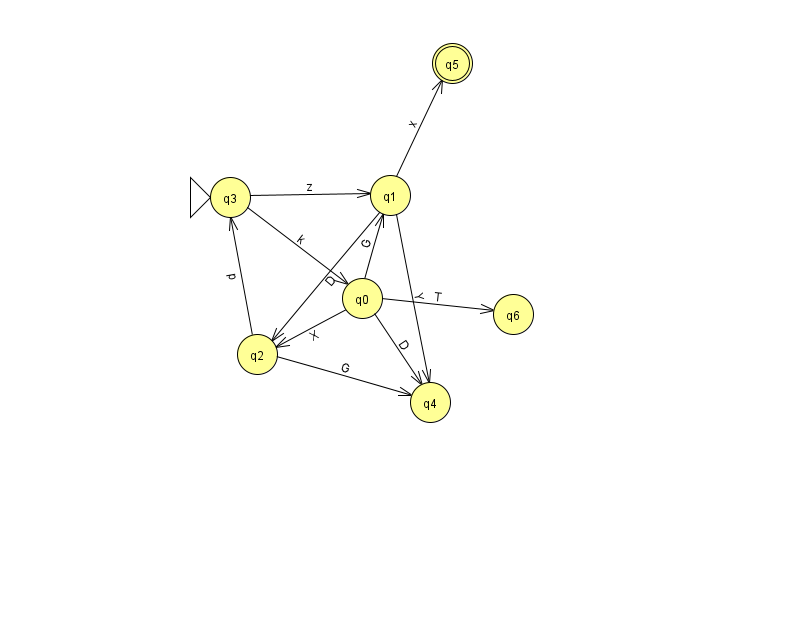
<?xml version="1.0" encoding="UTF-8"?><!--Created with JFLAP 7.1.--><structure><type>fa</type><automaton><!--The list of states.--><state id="0" name="q0"><x>362.0</x><y>285.0</y></state><state id="1" name="q1"><x>390.0</x><y>182.0</y></state><state id="2" name="q2"><x>257.0</x><y>341.0</y></state><state id="3" name="q3"><x>230.0</x><y>184.0</y><initial/></state><state id="4" name="q4"><x>430.0</x><y>389.0</y></state><state id="5" name="q5"><x>452.0</x><y>50.0</y><final/></state><state id="6" name="q6"><x>513.0</x><y>301.0</y></state><!--The list of transitions.--><transition><from>3</from><to>1</to><read>z</read></transition><transition><from>0</from><to>1</to><read>G</read></transition><transition><from>2</from><to>3</to><read>p</read></transition><transition><from>0</from><to>4</to><read>D</read></transition><transition><from>0</from><to>2</to><read>X</read></transition><transition><from>3</from><to>0</to><read>k</read></transition><transition><from>2</from><to>4</to><read>G</read></transition><transition><from>1</from><to>5</to><read>x</read></transition><transition><from>1</from><to>4</to><read>Y</read></transition><transition><from>0</from><to>6</to><read>T</read></transition><transition><from>1</from><to>2</to><read>D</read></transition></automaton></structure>